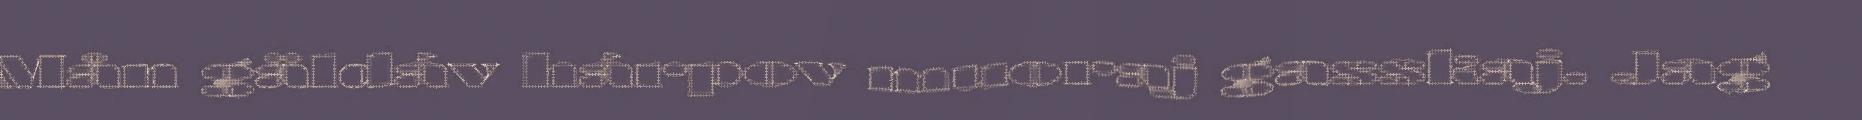
Mån gäldáv hárpov muoraj gasskaj. Jag